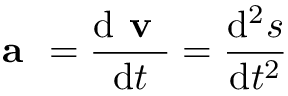
{ \textbf { a } } = { \frac { \mathrm { d } { \textbf { v } } } { \mathrm { d } t } } = { \frac { \mathrm { d } ^ { 2 } { \boldsymbol { s } } } { \mathrm { d } t ^ { 2 } } }